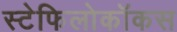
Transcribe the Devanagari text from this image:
स्टेफिलोकॉकस